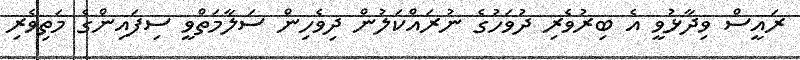
ރައީސް ވިދާޅުވީ އެ ބިރުވެރި ދުވަހުގެ ނުރައްކަލުން ދިވެހިން ސަލާމަތްވީ ސިފައިންގެ މަތިވެރި